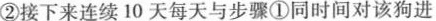
②接下来连续10天每天与步骤①同时间对该狗进